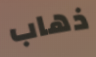
ذهاب